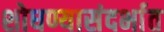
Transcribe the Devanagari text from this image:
शोधण्यासंदर्भात